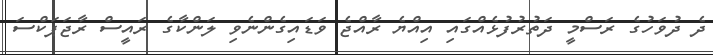
ދެ ދުވަހުގެ ރަސްމީ ދަތުރުފުޅެއްގައި އިއްޔެ ރާއްޖެ ވަޑައިގެންނެވި ލަންކާގެ ރައީސް ރާޖަޕަކްސަ